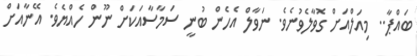
ބައްޕާ.. މިއަލްއަށް ގޮވާލެވުނެވެ. ނަވާލް އެހެން ބުނީ ސަމާސާއަކަށް ނޫން ހެއްޔެވެ. އޭނާއަށް